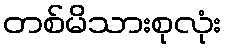
တစ်မိသားစုလုံး